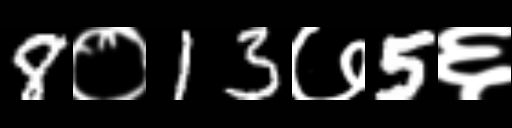
Text: 8०13७5६